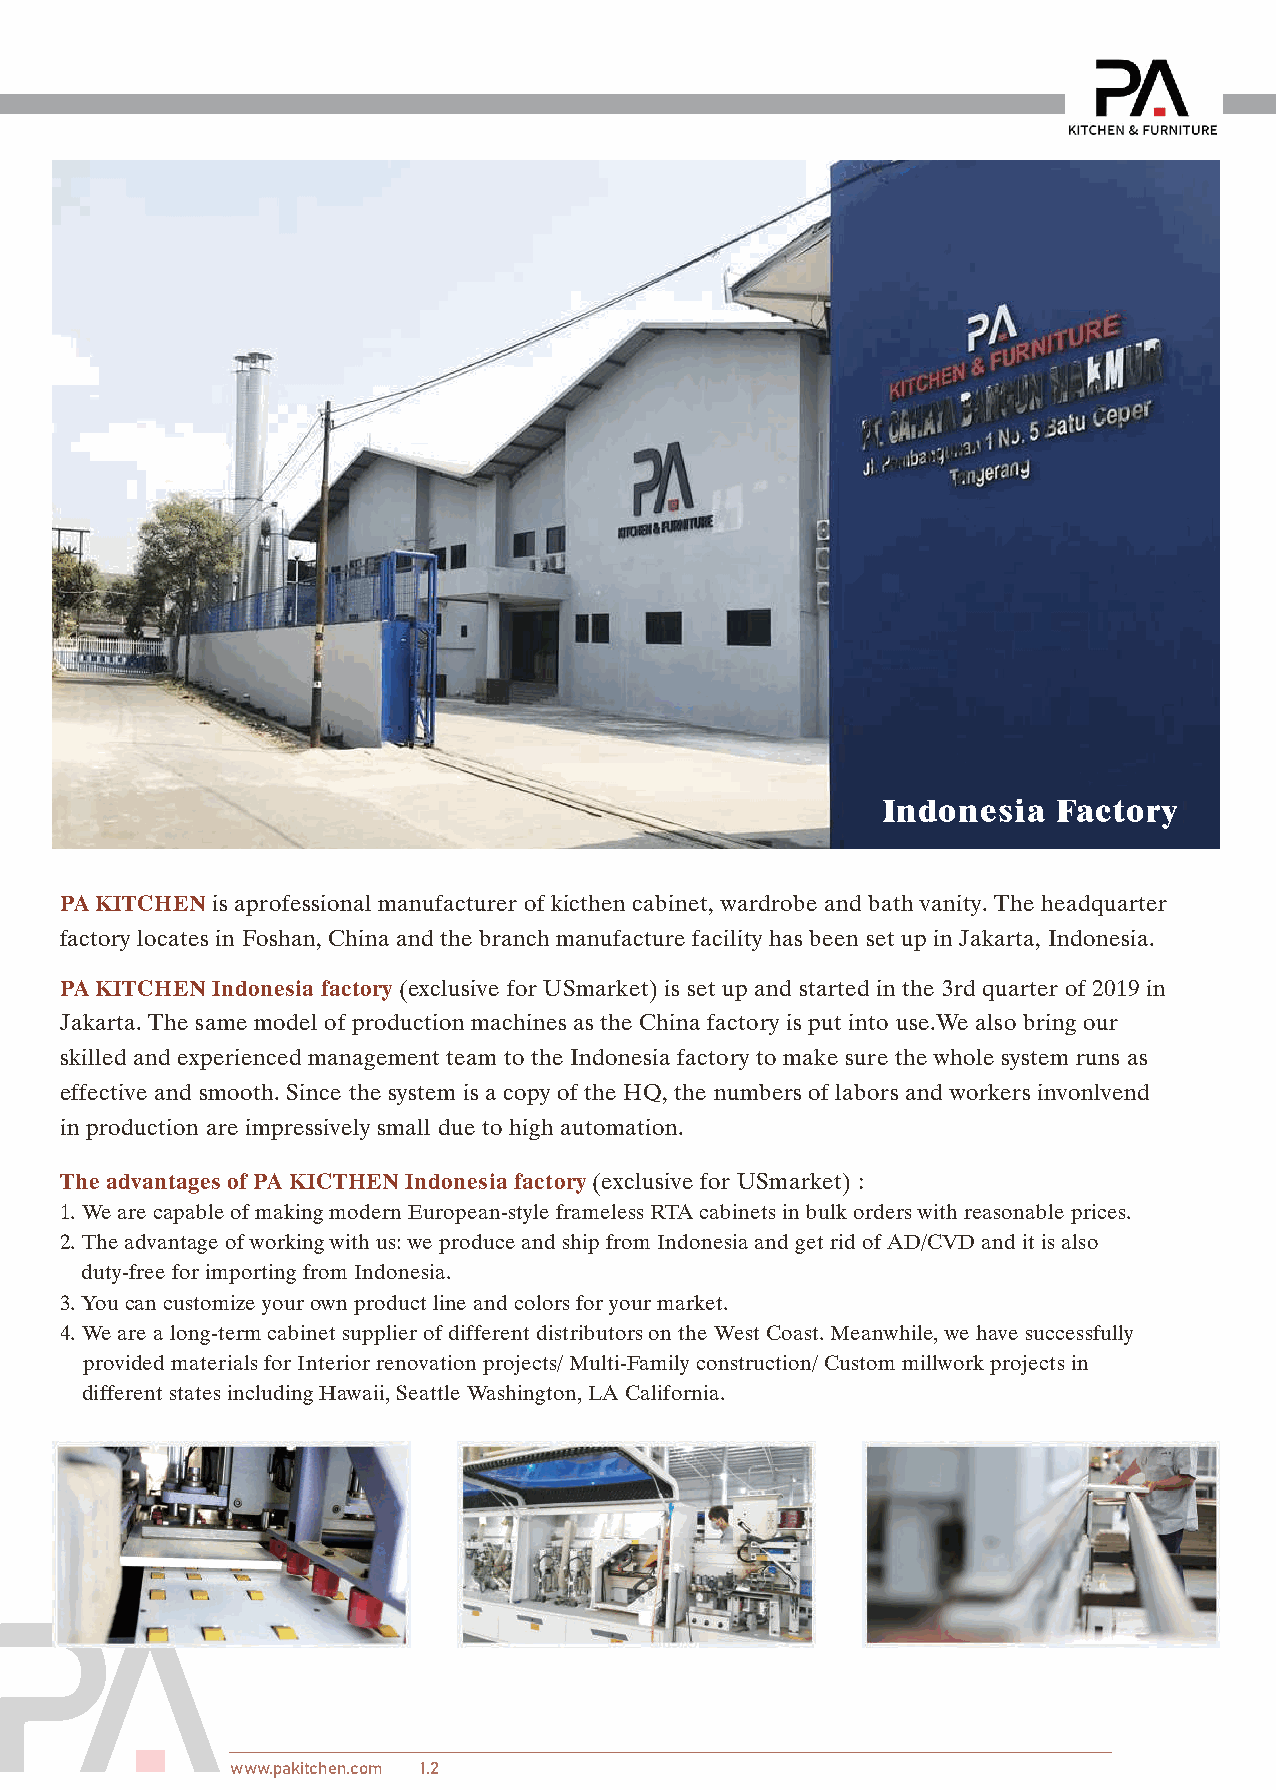
Indonesia   Factory
 PA KITCHEN is aprofessional manufacturer of kicthen cabinet, wardrobe and bath vanity. The headquarter
 factory locates in Foshan, China and the branch manufacture facility has been set up in Jakarta, Indonesia.
 PA KITCHEN Indonesia factory (exclusive for USmarket) is set up and started in the 3rd quarter of 2019 in
 Jakarta. The same model of production machines as the China factory is put into use.We also bring our
 skilled and experienced management team to the Indonesia factory to make sure the whole system runs as
 effective and smooth. Since the system is a copy of the HQ, the numbers of labors and workers invonlvend
 in production are impressively small due to high automation.
 The advantages of PA KICTHEN Indonesia factory (exclusive for USmarket) :
 1. We are capable of making modern European-style frameless RTA cabinets in bulk orders with reasonable prices.
 2. The advantage of working with us: we produce and ship from Indonesia and get rid of AD/CVD and it is also
 duty-free for importing from Indonesia.
 3. You can customize your own product line and colors for your market.
 4. We are a long-term cabinet supplier of different distributors on the West Coast. Meanwhile, we have successfully
 provided materials for Interior renovation projects/ Multi-Family construction/ Custom millwork projects in
 different states including Hawaii, Seattle Washington, LA California.
 www.pakitchen.com 1.2